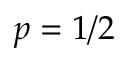
p = 1 / 2